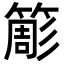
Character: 簓